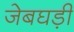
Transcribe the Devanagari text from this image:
जेबघड़ी